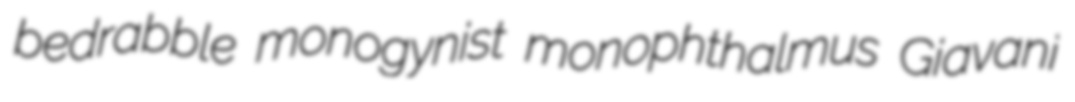
bedrabble monogynist monophthalmus Giavani